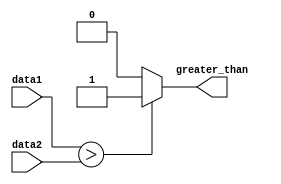
module greater_than_comparator (
    input [31:0] data1,
    input [31:0] data2,
    output reg greater_than
);

always @* begin
    if (data1 > data2) begin
        greater_than <= 1'b1;
    end else begin
        greater_than <= 1'b0;
    end
end

endmodule